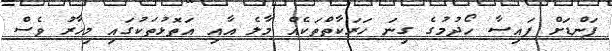
ފަންޑަށް ފައިސާ ހޯދުމުގެ ގިނަ ހަރަކާތްތަކެއް މާލެ އާއި އަތޮޅުތަކުގައި މިހާރު ވެސް